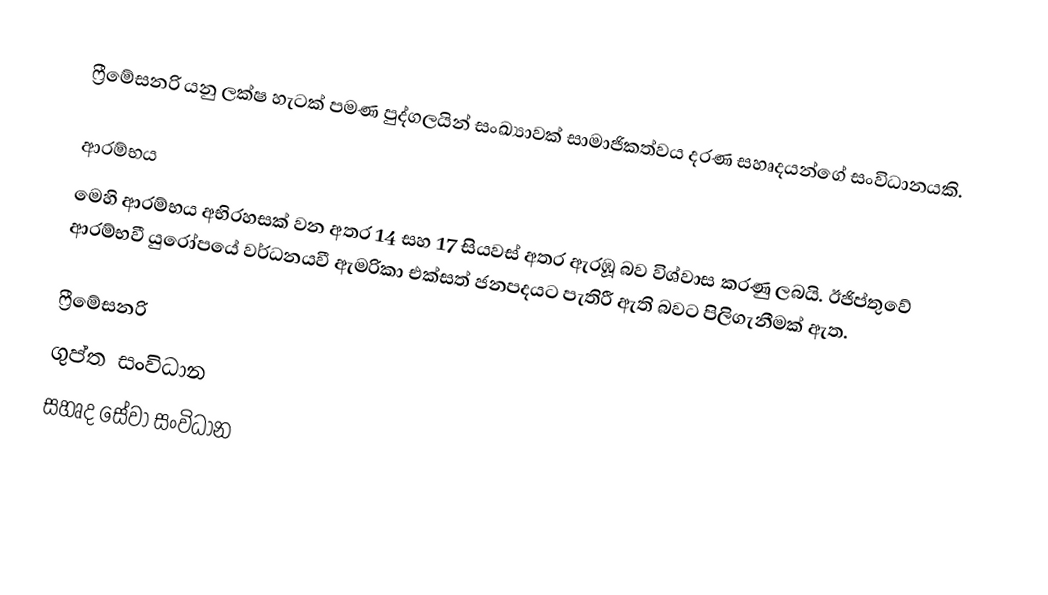
ෆ්‍රීමේසනරි යනු ලක්ෂ හැටක් පමණ පුද්ගලයින් සංඛ්‍යාවක් සාමාජිකත්වය දරණ සහෘදයන්ගේ සංවිධානයකි.

ආරම්භය
මෙහි ආරම්භය අභිරහසක් වන අතර 14 සහ 17 සියවස් අතර ඇරඹූ බව විශ්වාස කරණු ලබයි. ඊජිප්තුවේ ආරම්භවී යුරෝපයේ වර්ධනයවී ඇමරිකා එක්සත් ජනපදයට පැතිරී ඇති බවට පිලිගැනීමක් ඇත.

ෆ්‍රීමේසනරි
ගුප්ත සංවිධාන
සහෘද සේවා සංවිධාන